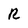
Character: R